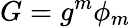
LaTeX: G=g^{m}\phi_{m}